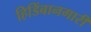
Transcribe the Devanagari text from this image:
हिडिंबानगारी